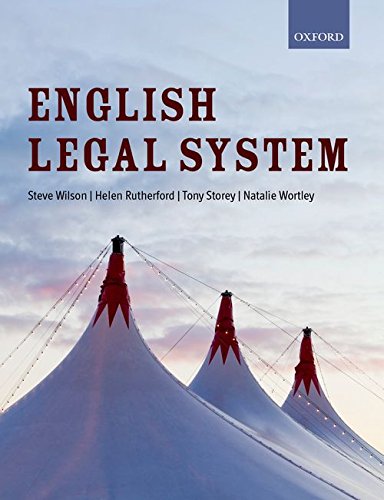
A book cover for English Legal System (Directions); Steve Wilson; Law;